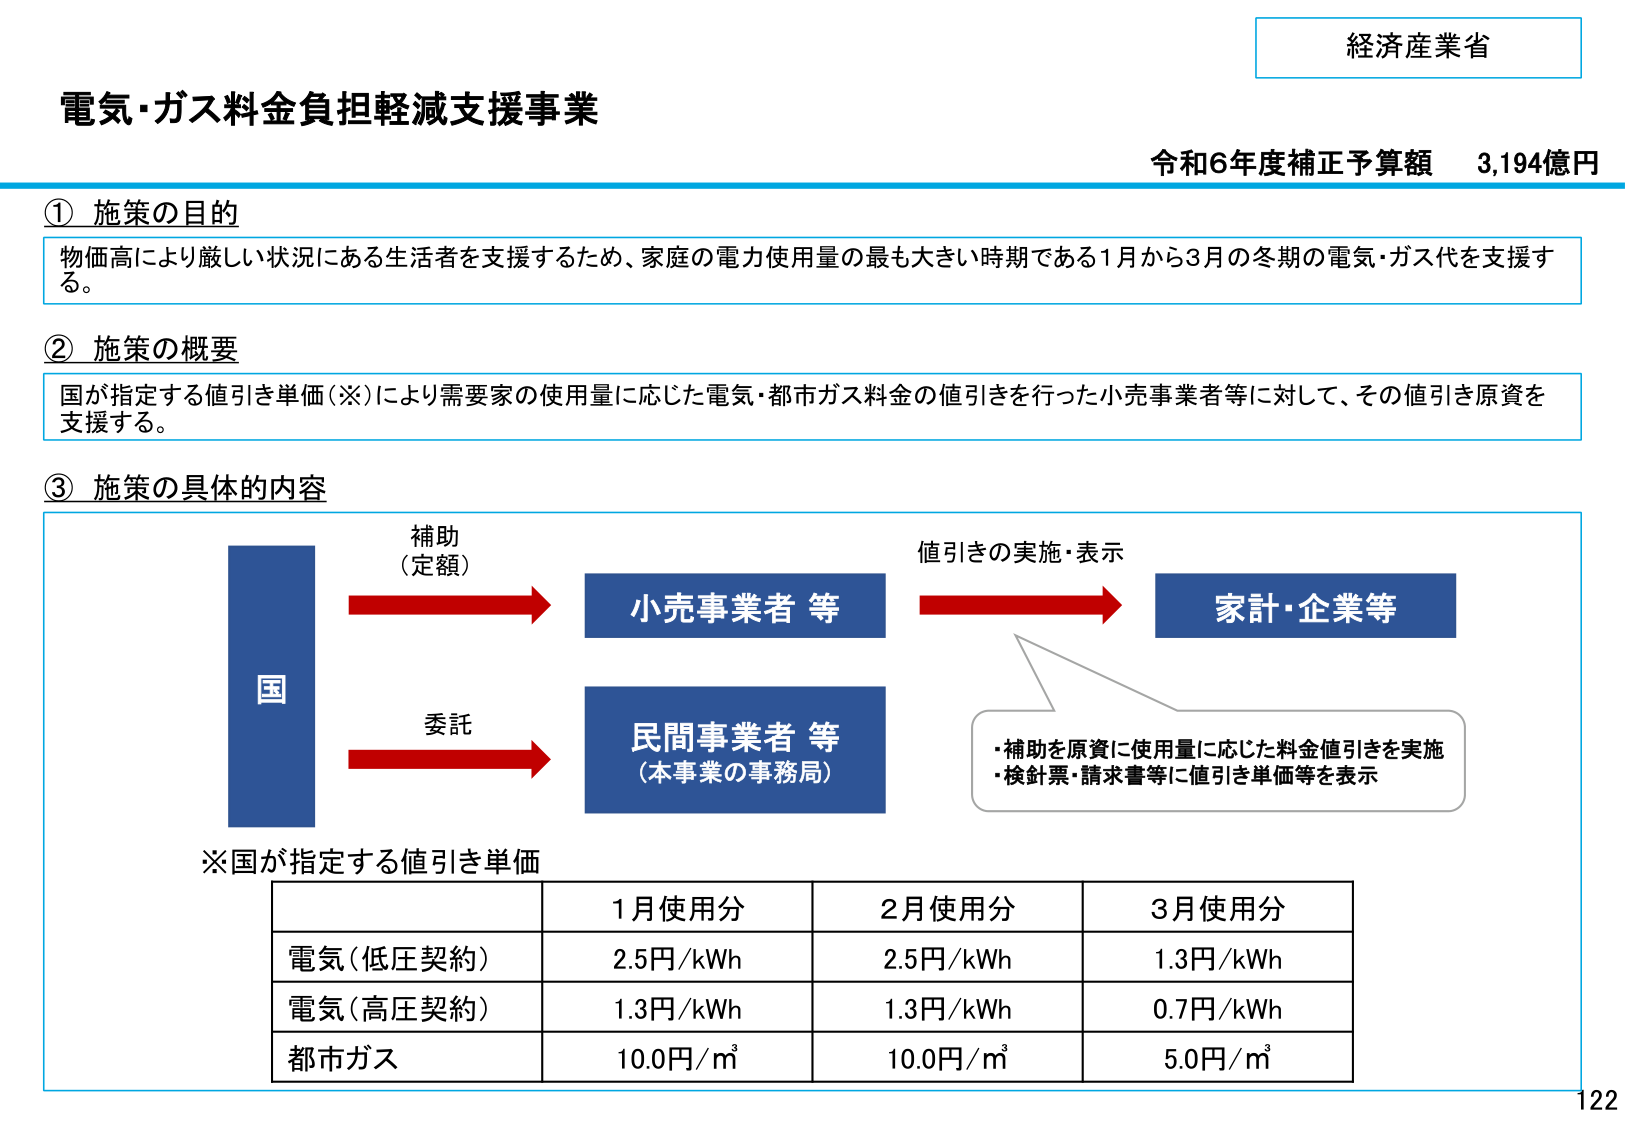
経済産業省
電気・ガス料金負担軽減支援事業
令和6年度補正予算額 3,194億円

① 施策の目的
物価高により厳しい状況にある生活者を支援するため、家庭の電力使用量の最も大きい時期である1月から3月の冬期の電気・ガス代を支援する。

② 施策の概要
国が指定する値引き単価（※）により需要家の使用量に応じた電気・都市ガス料金の値引きを行った小売事業者等に対して、その値引き原資を支援する。

③ 施策の具体的な内容
国
補助（定額）→ 小売事業者等
委託 → 民間事業者等（本事業の事務局）
値引きの実施・表示 → 家計・企業等
・補助を原資に使用量に応じた料金値引きを実施
・検針票・請求書等に値引き単価等を表示

※国が指定する値引き単価
| | 1月使用分 | 2月使用分 | 3月使用分 |
|---|---|---|---|
| 電気（低圧契約） | 2.5円/kWh | 2.5円/kWh | 1.3円/kWh |
| 電気（高圧契約） | 1.3円/kWh | 1.3円/kWh | 0.7円/kWh |
| 都市ガス | 10.0円/m³ | 10.0円/m³ | 5.0円/m³ |

122